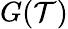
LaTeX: G(\mathcal{T})